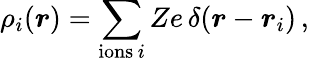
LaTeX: \rho_{i}(\boldsymbol{r})=\sum_{\mathrm{ions\, }i}Ze\, \delta(\boldsymbol{r}-\boldsymbol{r}_{i})\, ,